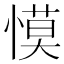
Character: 慔